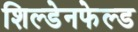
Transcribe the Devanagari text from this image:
शिल्डेनफेल्ड